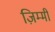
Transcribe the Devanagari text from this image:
ज़िम्मी